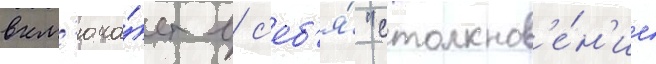
вкл'юча́ет в с'еб'я́ "столкнов'е́н'ие